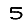
Digit: 5